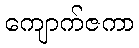
ကျောက်ဇကာ